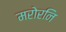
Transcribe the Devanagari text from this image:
मरोरनि